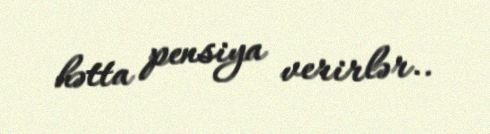
hətta pensiya verirlər..